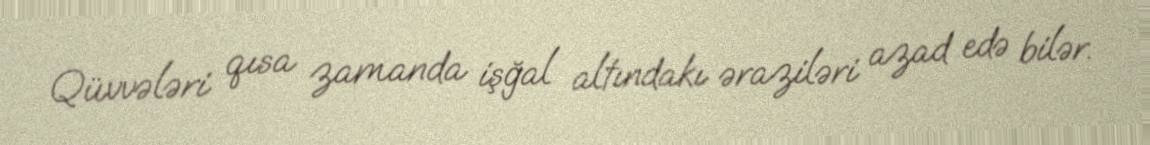
Qüvvələri qısa zamanda işğal altındakı əraziləri azad edə bilər.